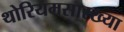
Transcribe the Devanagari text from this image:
थोरियमसारख्या